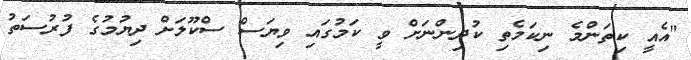
"އެއީ ކިތަންމެ ނިކަމެތި ކުދިންނަށް ވީ ކަމުގައި ވިޔަސް ސްކޫލަށް ދިޔުމުގެ ފުރުސަތު